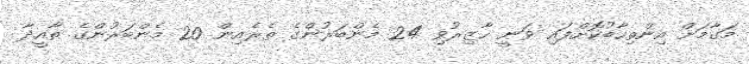
މަގާމަށް އިންތިހާބުކޮށްފައި ވަނީ ހާޒިރުވި 24 މެންބަރުންގެ ތެރެއިން 20 މެންބަރުންގެ ތާއީދާ